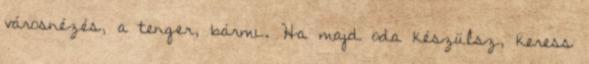
városnézés, a tenger, bármi. Ha majd oda készülsz, keress